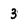
Character: 3